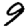
Digit: 9